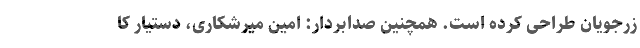
زرجویان طراحی کرده است. همچنین صدابردار: امین میرشکاری، دستیار کا